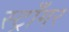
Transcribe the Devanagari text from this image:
स्ट्राँगर